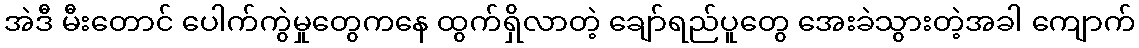
အဲဒီ မီးတောင် ပေါက်ကွဲမှုတွေကနေ ထွက်ရှိလာတဲ့ ချော်ရည်ပူတွေ အေးခဲသွားတဲ့အခါ ကျောက်